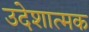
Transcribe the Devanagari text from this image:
उदेशात्मक